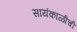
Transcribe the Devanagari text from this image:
सायंकाळीची